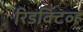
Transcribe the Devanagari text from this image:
रिडक्टिव्ह